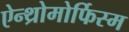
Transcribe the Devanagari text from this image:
ऐन्थ्रोमोर्फिस्म